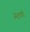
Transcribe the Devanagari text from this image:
अशको